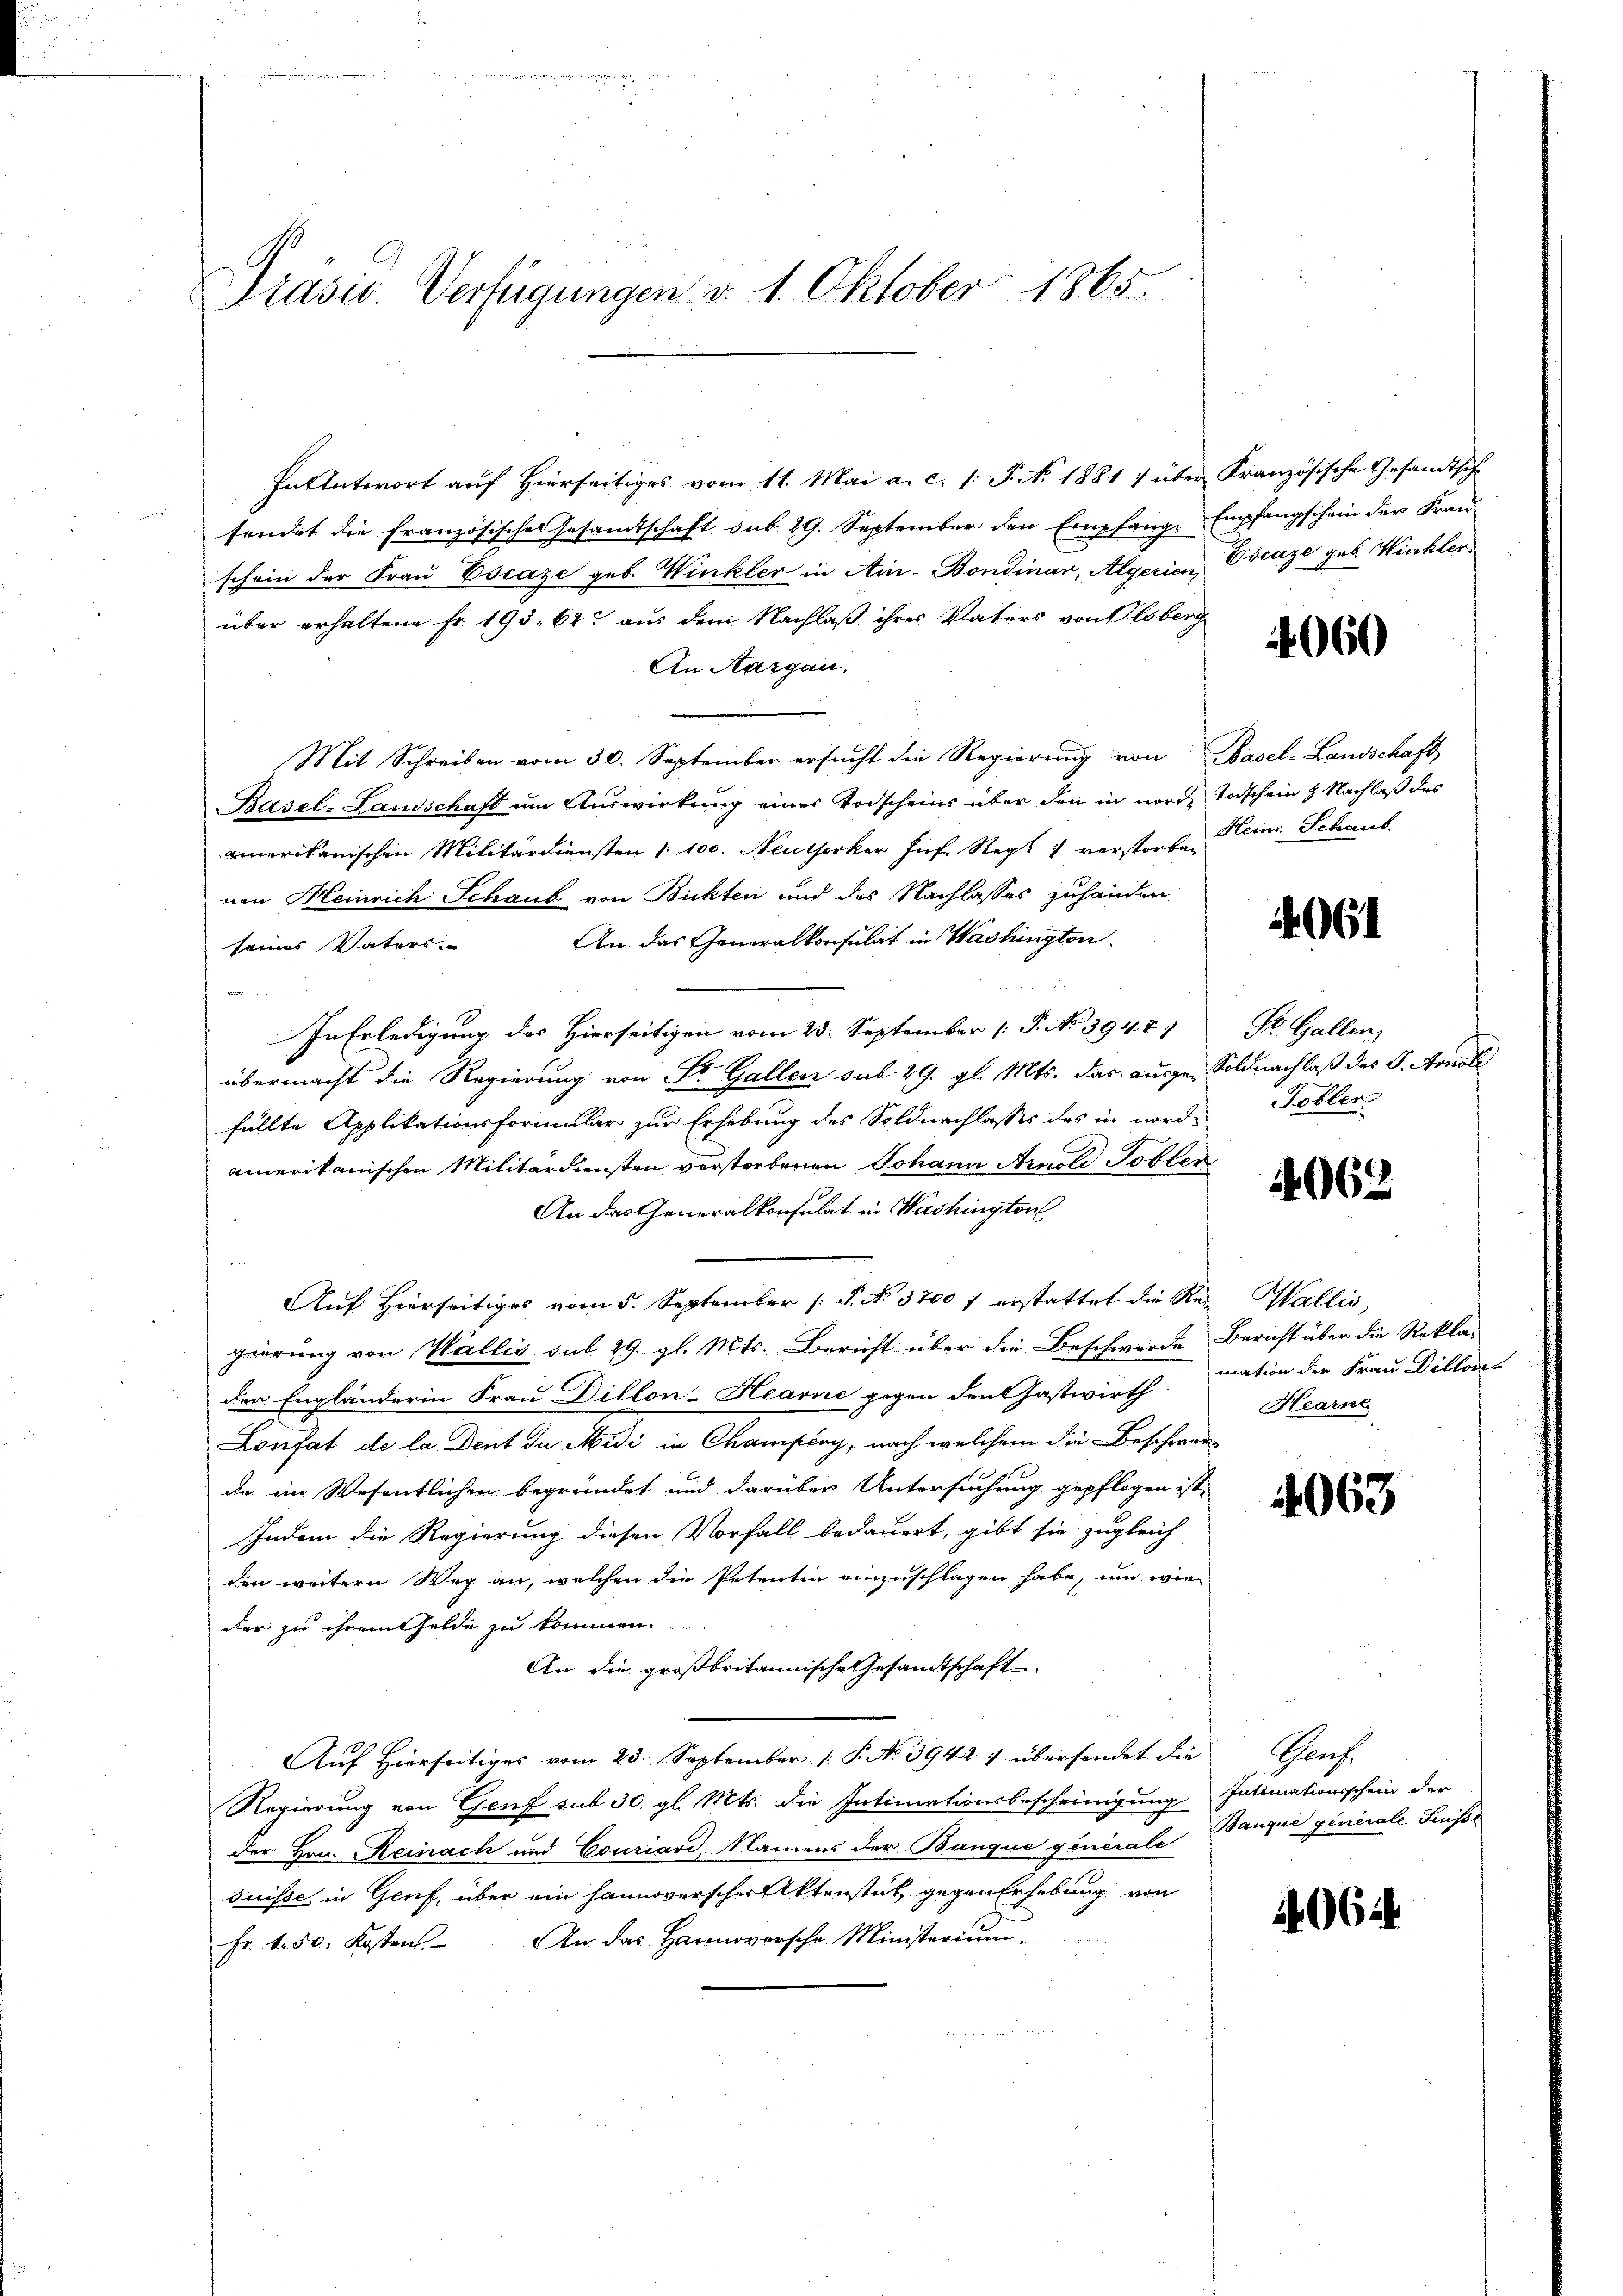
Präsid. Verfügungen d. 1. Oktober 1865.

Hantwort auf hierseitiges vom 11. Mai a. c. s. S. N. 1881 7 über Französische Gesandtsche
sendet die Französische Gesandtschaft sub 29. September den Empfang, Empfangschein der Frau-
schein der Frau Escaze geb. Winkler in Ain-Bondinar, Algerien, Cocage geb. Winkler
über erhaltene Fr. 193, 62. aus dem Nachlaß ihres Vaters von lsberg
An Aargau.
Mit Schreiben vom 30. September ersŭcht die Regierŭng von Basel-Landschaft,
Basel-Landschaft um Auswirkung einer Todscheins über den in nord- Todschein 2 Nachlaß des
amerikanischen Militärdiensten 100. Neuthorker Huf Rept 1 verstorben eine Schaub
nen Heinrich Schaub von Bickten und des Nachlasses zuhänden
An das Generalkonsulat in Washington
seines Vaters.
In Erledigung des Hierseitigen vom 23. September (T. No 3947
übermacht die Regierung von Dr. Gallen sub 29. gl. Mts. das ausge-Soldnachlaß der G. Handle
füllte Applikationsformular zur Erhebung des Soldnachlasses des in nordamerikanischen Militärdiensten verstorbenen Johann Arnold Tobler
An das Generalkonsulat in Washington
Auf Hierseitiges vom 5. September (: P. No. 3700 f erstattet die Rei Wallis,
gierung von Wallis sub 29. gl. Mts. Bericht über die Beschwerde Bericht über die Reklader Engländerin Frau Dillon-Hearne gegen den Jastwirth
Lonfat de la Dent du Midi in Champéry, nach welchem die Beschwer-
dar im Wesentlichen begründet und darüber Untersuchung gepflogen ist.
Indem die Regierung diesen Vorfall bedauert, gibt sie zugleich
den weitern Weg an, welchen die Petentin einzuschlagen habe, und wie
der zu ihrem Gelde zu kommen.
An die großbritannische Gesandtschaft.
Auf Hierseitiges vom 23. September 1 P. No 39427 übersendet die Genf
Regierung von Genf sub 30. gl. Mts. die Intimationsbescheinigung Intimationsschein der
der Hrn. Reinach und Couriare, Namens der Banque generale
suisse in Genf, über ein Hannoverscher Aktenstück gegen Erhebung von
Fr. 1. 50. Kosten. An das Hannoversche Ministerium.

4060

061

St. Gallen,
Tobler

4062

mation der Frau Dillose
Hearne

4063

Banque generale Füsse

1406.